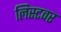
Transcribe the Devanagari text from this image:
लिस्टवर